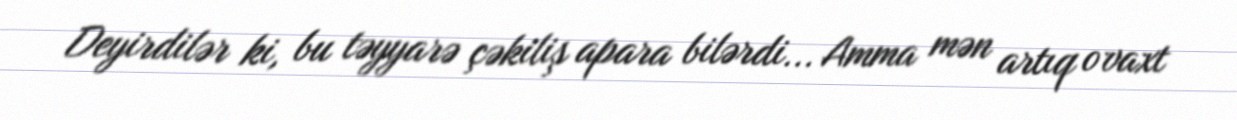
Deyirdilər ki, bu təyyarə çəkiliş apara bilərdi... Amma mən artıq o vaxt